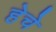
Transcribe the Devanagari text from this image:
हेचे